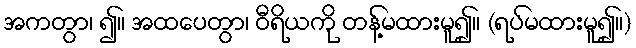
အကတွာ၊ ၍။ အထပေတွာ၊ ဝီရိယကို တန့်မထားမူ၍။ (ရပ်မထားမူ၍။)